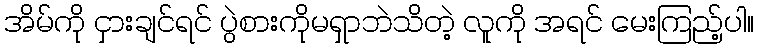
အိမ်ကို ငှားချင်ရင် ပွဲစားကိုမရှာဘဲသိတဲ့ လူကို အရင် မေးကြည့်ပါ။